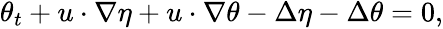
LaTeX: \begin{array}{r}{\theta_{t}+u\cdot\nabla\eta+u\cdot\nabla\theta-\Delta\eta-\Delta\theta=0,}\end{array}